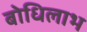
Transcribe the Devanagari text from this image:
बोधिलाभ